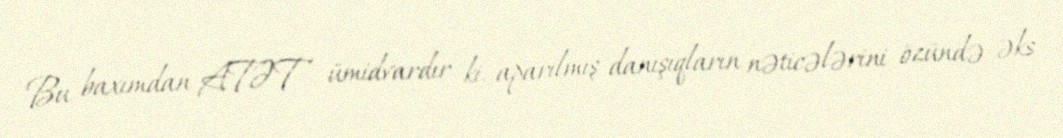
Bu baxımdan ATƏT ümidvardır ki, aparılmış danışıqların nəticələrini özündə əks